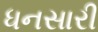
ધનસારી